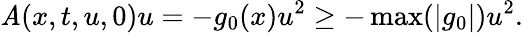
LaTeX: \mathit{A}(x,t,u,0)u=-g_{0}(x)u^{2}\geq-\operatorname*{max}(|g_{0}|)u^{2}.